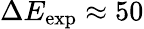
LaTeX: \Delta E_{\mathrm{exp}}\approx 50